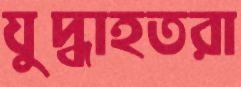
যুদ্ধাহতরা